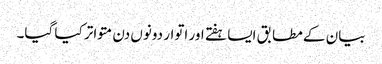
بیان کے مطابق ایسا ہفتے اور اتوار دونوں دن متواتر کیا گیا۔